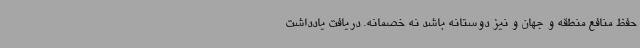
حفظ منافع منطقه و جهان و نیز دوستانه باشد نه خصمانه. دریافت یادداشت